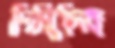
দিগ্বিদিক